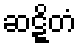
ဆဋ္ဋိတံ